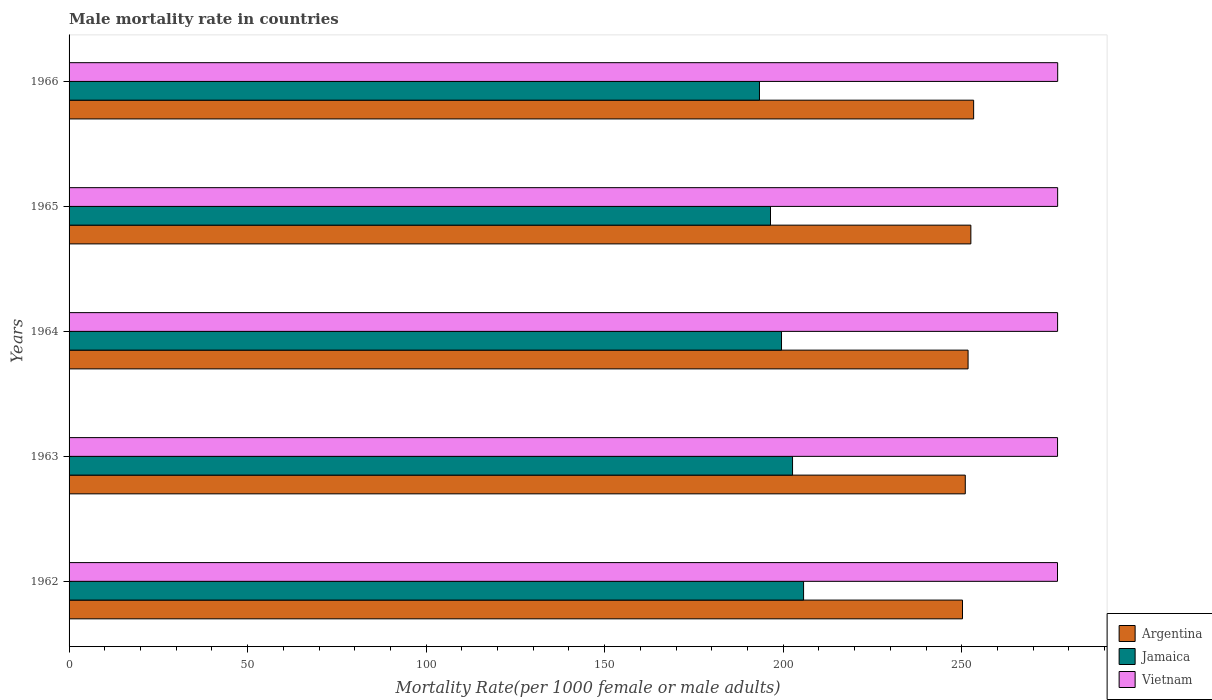
| Years | Argentina | Jamaica | Vietnam |
 | --- | --- | --- | --- |
 | 1962 | 250 | 206 | 277 |
 | 1963 | 251 | 203 | 277 |
 | 1964 | 252 | 200 | 277 |
 | 1965 | 253 | 196 | 277 |
 | 1966 | 253 | 193 | 277 |